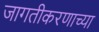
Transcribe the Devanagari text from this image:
जागतीकरणाच्या